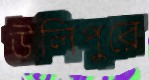
উলিপুরে